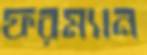
ফরম্যান